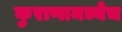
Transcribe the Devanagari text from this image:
कुराणामध्येच